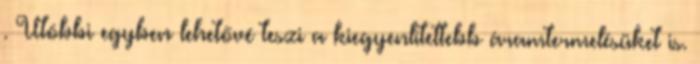
. Utóbbi egyben lehetővé teszi a kiegyenlítettebb áramtermelésüket is.